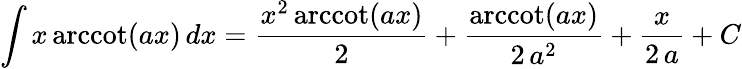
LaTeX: \int x\operatorname{arccot}(ax)\, dx={\frac{x^{2}\operatorname{arccot}(ax)}{2}}+{\frac{\operatorname{arccot}(ax)}{2\, a^{2}}}+{\frac{x}{2\, a}}+C